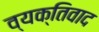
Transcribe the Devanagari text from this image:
व्‍यक्तिवाद